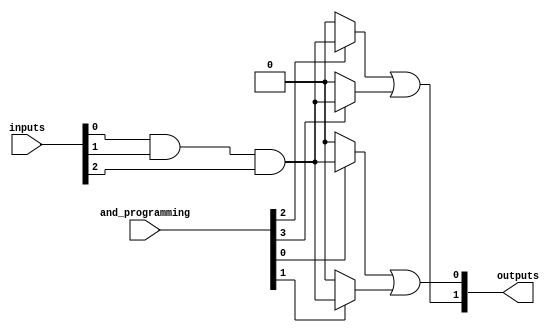
module hs_pal (
    input wire [N-1:0] inputs,  // Input lines
    input wire [M-1:0] and_programming, // Programmable connections for AND gates
    output wire [K-1:0] outputs  // Output lines
);
    parameter N = 8; // Number of input lines
    parameter M = 4; // Number of AND gates
    parameter K = 2; // Number of output lines

    // Internal wires for AND gate outputs
    wire [M-1:0] and_outputs;

    // AND Array: Each AND gate can be programmed with a subset of inputs
    genvar i;
    generate
        for (i = 0; i < M; i = i + 1) begin : and_gate
            assign and_outputs[i] = (and_programming[i]) ? 
                (inputs[0] & inputs[1] & inputs[2]) : 1'b0; // Example Logic
            // You can expand the logic based on programming to include other inputs
        end
    endgenerate

    // OR Array: Fixed OR array that combines the outputs of AND gates
    assign outputs[0] = and_outputs[0] | and_outputs[1]; // Example output logic
    assign outputs[1] = and_outputs[2] | and_outputs[3]; // Another output logic

endmodule